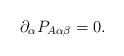
\begin{align*}\partial_\alpha P_{A\alpha\beta}=0.\end{align*}